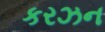
કરઝન